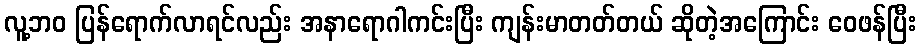
လူ့ဘဝ ပြန်ရောက်လာရင်လည်း အနာရောဂါကင်းပြီး ကျန်းမာတတ်တယ် ဆိုတဲ့အကြောင်း ဝေဖန်ပြီး